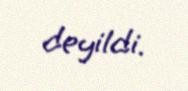
deyildi.